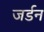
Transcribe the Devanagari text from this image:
जर्डन